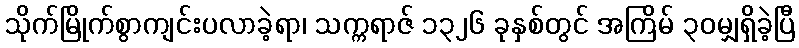
သိုက်မြိုက်စွာကျင်းပလာခဲ့ရာ၊ သက္ကရာဇ် ၁၃၂၆ ခုနှစ်တွင် အကြိမ် ၃၀မျှရှိခဲ့ပြီ